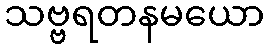
သဗ္ဗရတနမယော